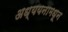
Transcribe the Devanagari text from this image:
अध्ययनामधून